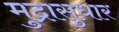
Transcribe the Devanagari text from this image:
मुद्रासुधार